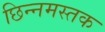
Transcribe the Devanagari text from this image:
छिन्नमस्तक